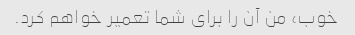
خوب، من آن را برای شما تعمیر خواهم کرد.